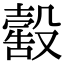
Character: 𣫀